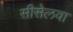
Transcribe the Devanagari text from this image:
सीसेलवा